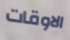
الاوقات